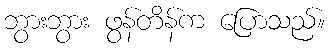
ဘွားဘွား ဖွန်တိန်က ပြောသည်။